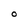
Character: o